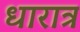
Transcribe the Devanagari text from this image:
धारात्र